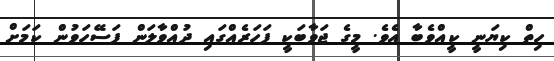
ހިތް ކިޔަނީ ކީއްވެބާ އެވެ. މީގެ ޖަވާބަކީ ފަހަރެއްގައި ދުއްވާލަން ފަސޭހަވުން ކަމަށް